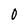
Character: 0